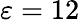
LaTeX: \varepsilon=12